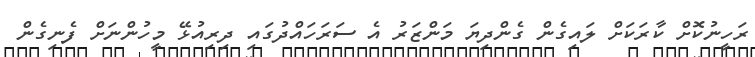
ރަހީނުކޮށް ކާރަކަށް ލައިގެން ގެންދިޔަ މަންޒަރު އެ ސަރަހައްދުގައި ދިރިިއުޅޭ މީހުންނަށް ފެނިގެން